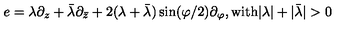
e = \lambda \partial _ { z } + \bar { \lambda } \partial _ { \bar { z } } + 2 ( \lambda + \bar { \lambda } ) \sin ( \varphi / 2 ) \partial _ { \varphi } , \mathrm { w i t h } | \lambda | + | \bar { \lambda } | > 0